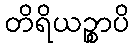
တိရိယဉ္စာပိ